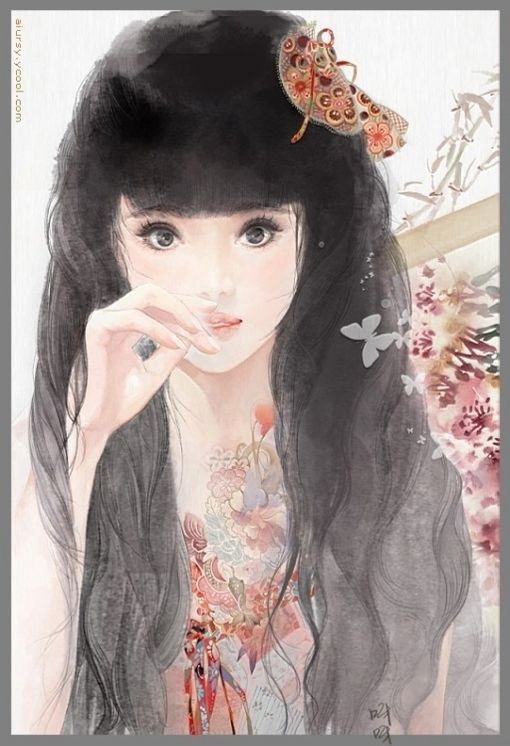
寂寞深闺，柔肠一寸愁千缕。